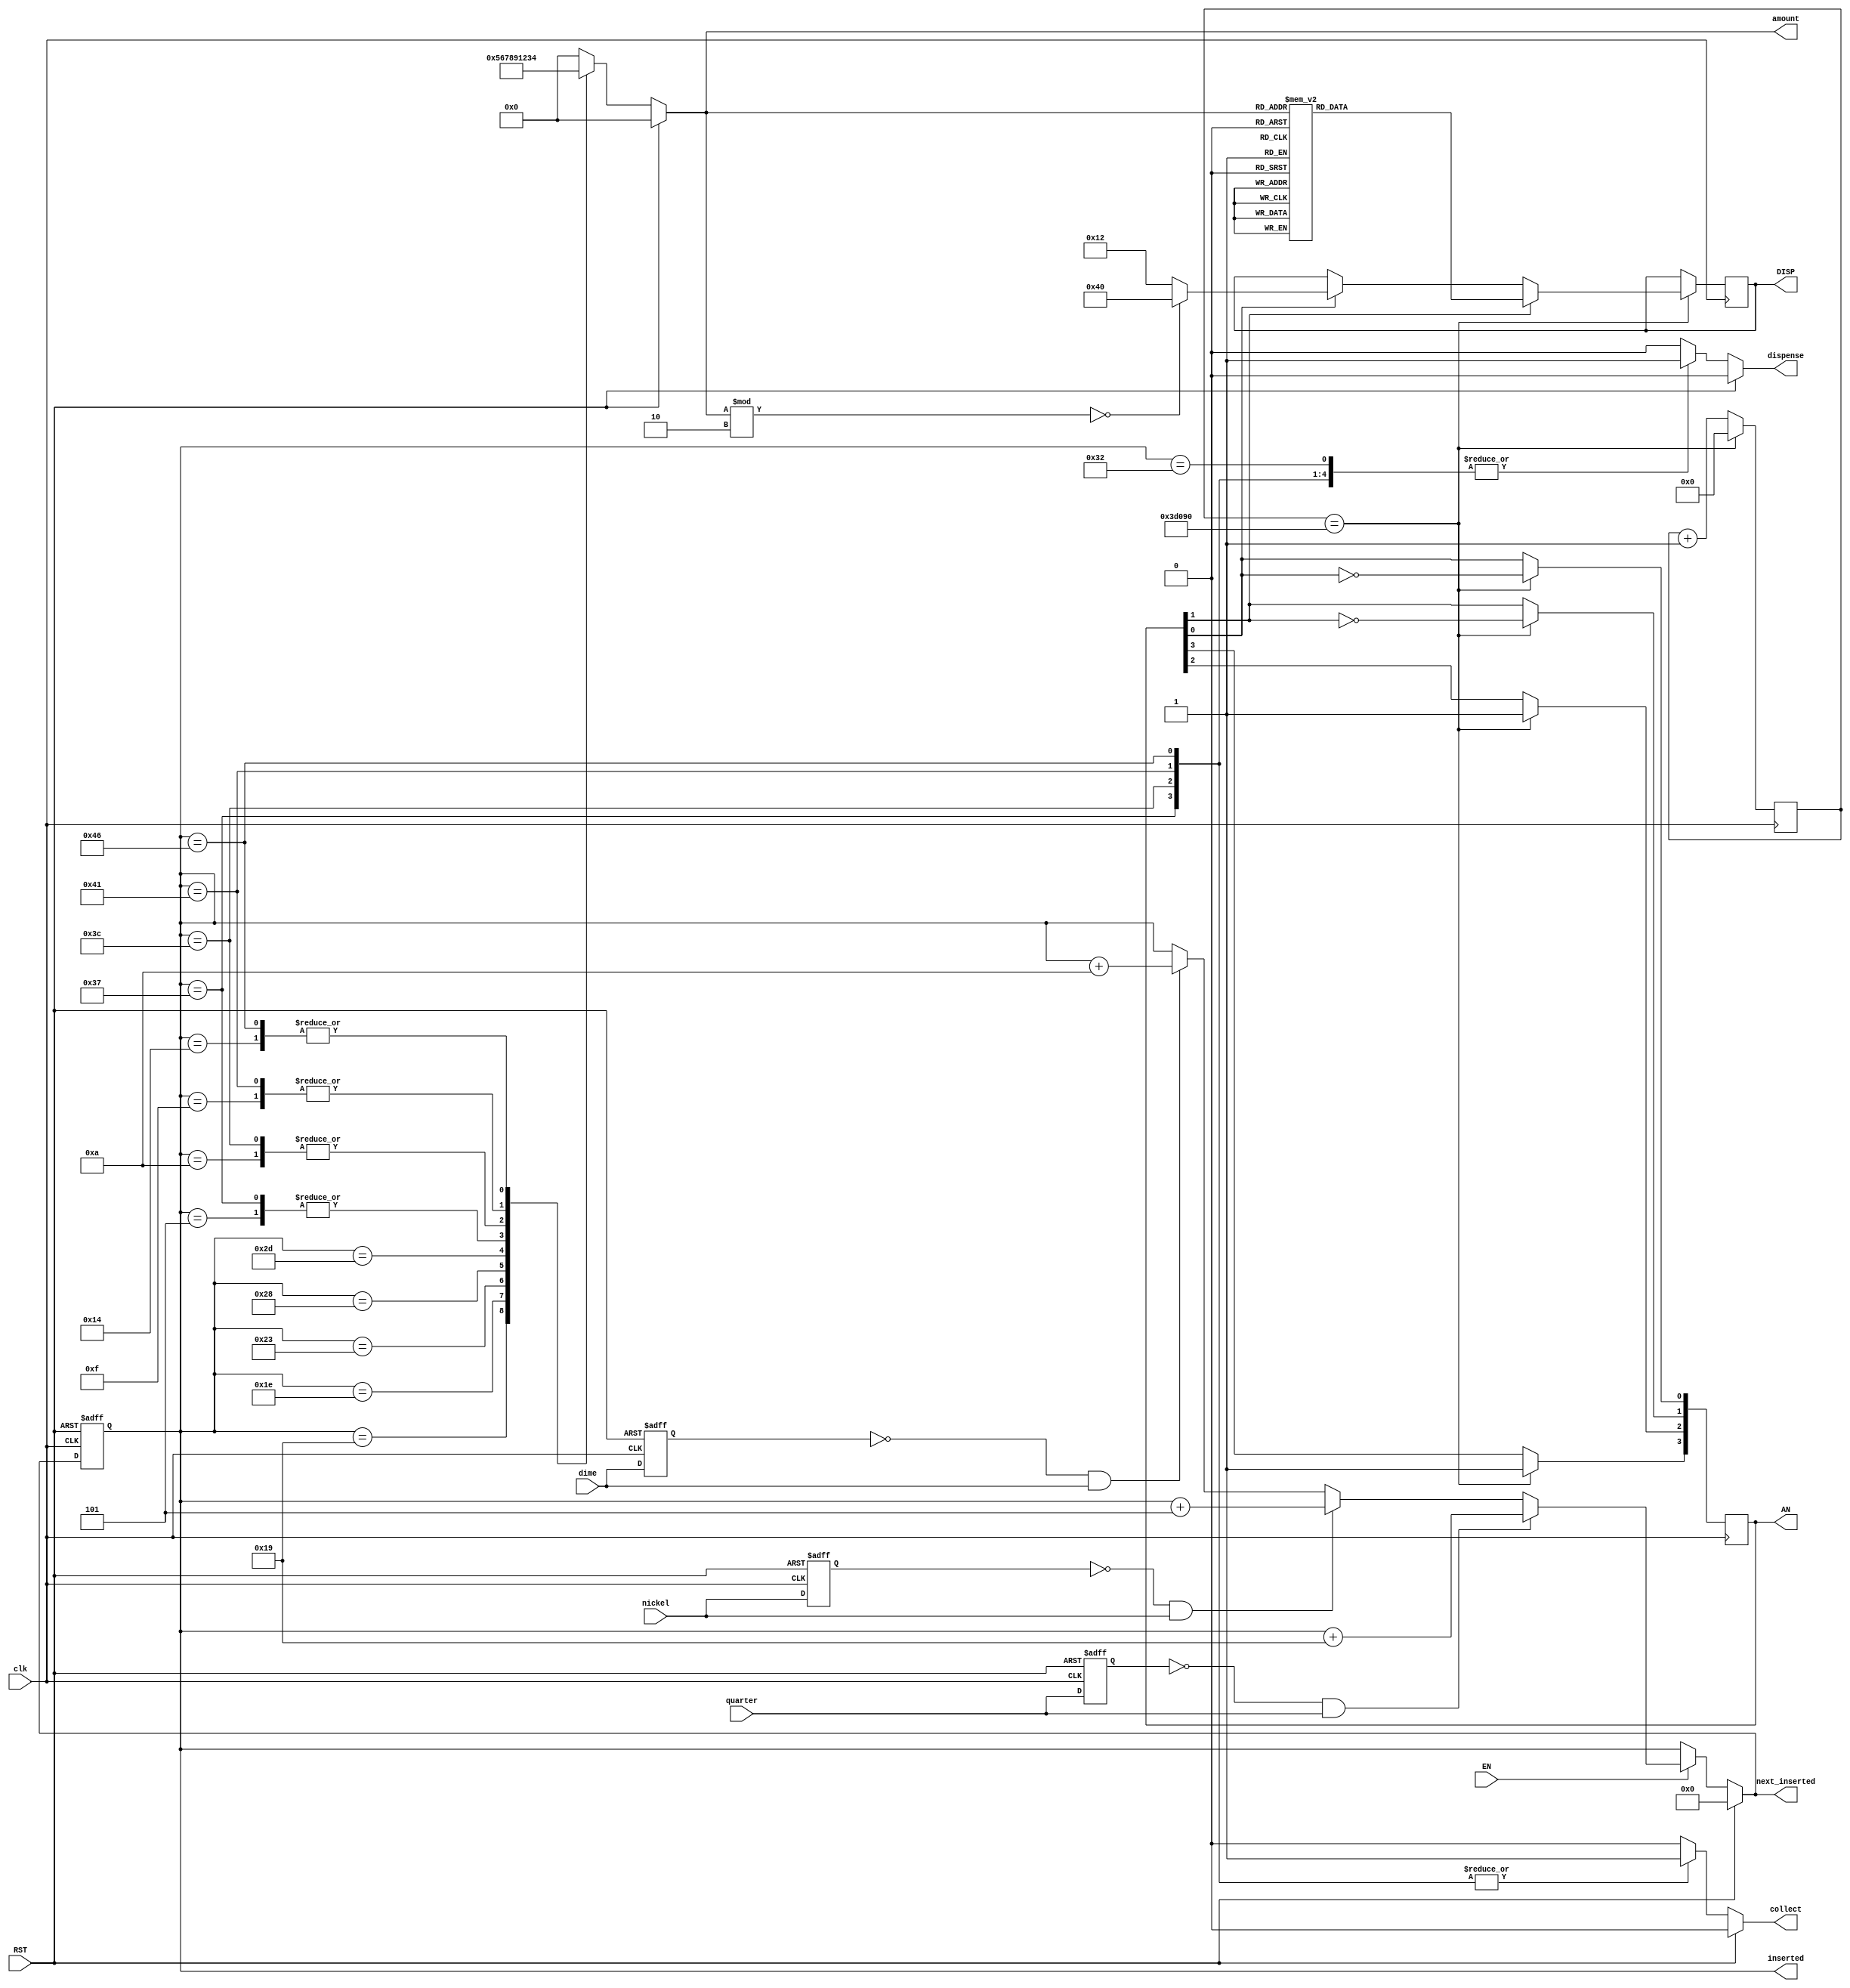
module vending_machine(AN, DISP, nickel,dime,EN,quarter,RST,dispense,collect,amount,clk,inserted,next_inserted);
	input RST,EN;	//reset, enable
	input clk;
	input nickel,dime,quarter;
	output dispense,collect;	//sell the drink, change
	reg dispense,collect;
	output [3:0] amount;	//(inserted / 5)
	output [6:0] inserted;	// the value inserted
	output [6:0] next_inserted;	// the possible nest inserted value
	reg [3:0] amount;
	reg [6:0] inserted;
	reg [6:0] next_inserted;
	reg 	previous_quarter,previous_dime,previous_nickle;
	
	//Extra Added Componenets
	output reg [3:0] AN = 4'b1101;
	output reg [6:0] DISP;
	reg [19:0] DISPCNTR;
	
	/////////////////////////////////////////////////////////////////
	// state (inserted) register logic
	always @ (posedge clk or posedge RST)
		begin
			if (RST)
			begin
				previous_dime<=0;
				previous_nickle<=0;
				previous_quarter<=0;		
				inserted<=7'd0;
			end
			else
				begin
					inserted <= next_inserted;	// update the state(inserted) for every clock cycle
					previous_dime<=dime;
					previous_nickle<=nickel;
					previous_quarter<=quarter;
				end
		end

	////////////////////////////////////////////////////////////////
	// next state (next_inserted) logic
	always @ (nickel or dime or quarter or EN or RST or inserted or previous_dime or previous_nickle or previous_quarter) // next state control
		begin	
			if(RST)
				begin
					next_inserted=0;
				end
			else if(EN )		
						begin
						
							next_inserted=inserted;	// keep staying at the self-loop
							if(previous_dime==0 && dime==1)
								next_inserted=inserted+7'd10;
							if(previous_nickle==0&& nickel==1)
								next_inserted=inserted+7'd5;
							if(previous_quarter==0&& quarter==1)
								next_inserted=inserted+7'd25;
								
						end
				
			else
				next_inserted=inserted;
	end

	////////////////////////////////////////////////////////////////
	// output logic
	always @ (inserted or RST)
	begin
		if (RST)
			begin
	//			if (amount!=0)
	//				begin
	//					collect = 1;
	//					#5000000 collect = 0; 
	//				end
				collect=0;
				amount=4'd0;
				dispense=0;
				
			end
		else
		begin
			case(inserted)
				7'd0: begin
							  amount = 4'd0;
							  dispense = 0;
							  collect = 0;
						end

					7'd5: begin
							  amount = 4'd1;
							  dispense = 0;
							  collect = 0;
						end
						
					7'd10: begin
							  amount = 4'd2;
							  dispense = 0;
							  collect = 0;
						end

					7'd15: begin
							  amount = 4'd3;
							  dispense = 0;
							  collect = 0;
						end
						
					7'd20: begin
							  amount = 4'd4;
							  dispense = 0;
							  collect = 0;
						end

					7'd25: begin
							  amount = 4'd5;
							  dispense = 0;
							  collect = 0;
						end
						
					7'd30: begin
							  amount = 4'd6;
							  dispense = 0;
							  collect = 0;
						end

					7'd35: begin
							  amount = 4'd7;
							  dispense = 0;
							  collect = 0;
						end

					7'd40: begin
							  amount = 4'd8;
							  dispense = 0;
							  collect = 0;
						end

					7'd45: begin
							  amount = 4'd9;
							  dispense = 0;
							  collect = 0;
						end
						
					7'd50: begin
							dispense=1;
							collect=0;	
							amount = 4'd0;					
						end

					7'd55: begin
							dispense=1;
							collect=1;
							amount = 4'd1;
						end
						
					7'd60: begin
							dispense=1;
							collect=1;
							amount = 4'd2;
						end
					
					7'd65: begin
							dispense=1;
							collect=1;
							amount = 4'd3;
						end
						
					7'd70: begin
							dispense=1;
							collect=1;
							amount = 4'd4;
						end
					default:
					begin
							dispense=0;
							collect=0;
							amount = 0;
					end
			endcase
		end
	end
	
	always @ (posedge clk)
	begin
		DISPCNTR<=DISPCNTR+1;

		if (DISPCNTR==250000)
		begin

			DISPCNTR<=0;
			AN[1]<=~AN[1];
			AN[0]<=~AN[0];		
			AN[2]<=1;
			AN[3]<=1;
			if (AN[1])
			begin
				case(amount)
				2,3: DISP = 7'b1111001;
				4,5: DISP = 7'b0100100;
				6,7: DISP = 7'b0110000;
				8,9: DISP = 7'b0011001;
				default: DISP = 7'b1000000;
				endcase
			end

			else if (AN[0])
			begin
				if(amount%2 == 0)
					DISP = 7'b1000000;
				else DISP = 7'b0010010;
			end
		end
	end
endmodule